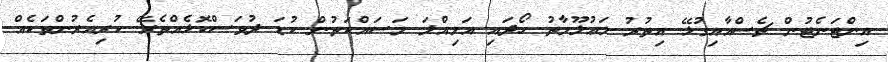
އިންޓަނެޓުން ޗެސްއާއިގުޅޭ އިތުރު މަޢުލޫމާތު ހޯދައި އަމިއްލަ މަސައްކަތުން ކުޑަ ދުވަސްކޮޅެއްތެރޭ ކުރިއެރުންތަކެއް